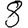
Digit: 8